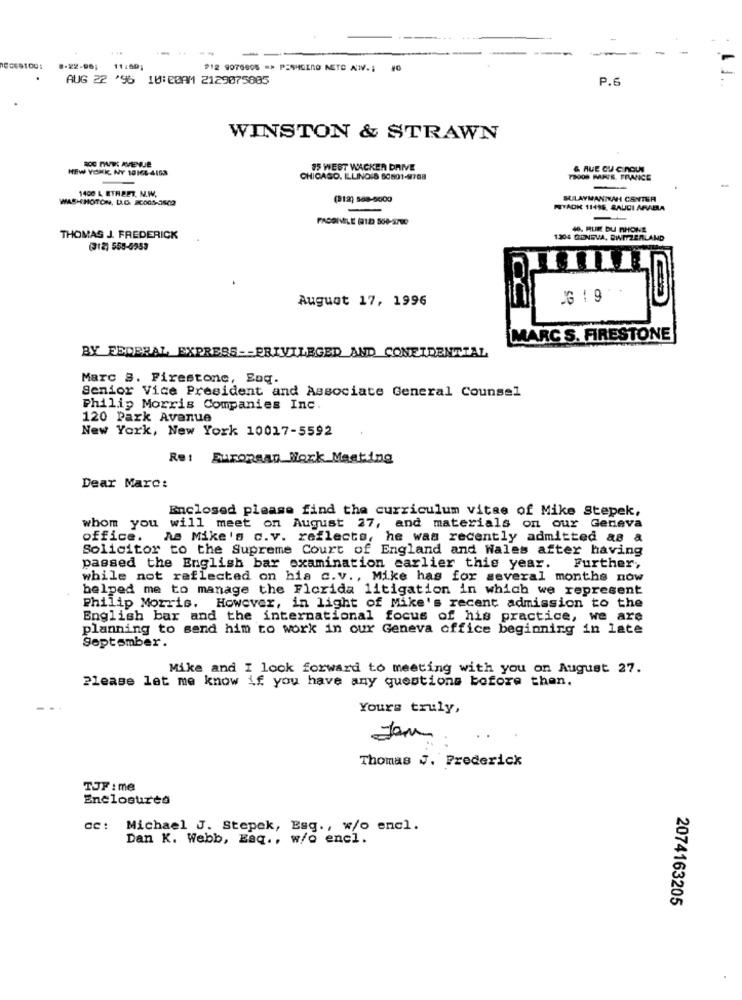
-
-
TECESTOU1
11:00;
P12 9076908 => PENHGIRO NETO NI.1
AUG 22 '96 10:20AM 2129075805
P.6
WINSTON & STRAWN
NEW YORK, NY 10164-4153
15 WEST WACKER DRIVE
& RUE OU CINOUN
CHICAGO, ILLINOIS 50801-9768
1400 L ETREET. N.W.
WASHHOTON, LA.G. ICO05-3502
(812) 588-5000
SULAYMANTAH CENTER
-
RIYADH 11495, SAUDI ARABIA
-
40. RUE DU RHONE
THOMAS J. FREDERICK
1304 CONEVA, BINMTZERLAND
(312) 558-5953
August 17, 1996
G19
MARC S. FIRESTONE
BY FEDERAL EXPRESS -- PRIVILEGED AND CONFIDENTIAL
Marc s. Firestone, Enq.
Senior Vice President and Associate General Counsel
Philip Morris Companies Inc.
120 Park Avenue
New York, New York 10017-5592
Re: Europaau Work Meeting
Dear Marc:
Enclosed please find the curriculum vitae of Mike Stepek,
whom you will meet on August 27, and materials on our Geneva
office.
As Mike's c.v. reflects, he was recently admitted as a
Solicitor to the Supreme Court of England and Wales after having
passed the English bar examination earlier this year. Further,
while not reflected on his c.v ., Mike has for several months now
helped me to manage the Florida litigation in which we represent
Philip Morris. However, in light of Mike's recent admission to the
English bar and the international focus of his practice, we are
planning to send him to work in our Geneva office beginning in late
September.
Mike and I look forward to meeting with you on August 27.
Please let me know if you have any questions before then.
Yours truly,
Jam
Thomas J. Frederick
TJF : me
Enclosures
cc: Michael J. Stepek, Esg ., w/o encl.
Dan K. Webb, Eaq ., w/o enel.
2074163205